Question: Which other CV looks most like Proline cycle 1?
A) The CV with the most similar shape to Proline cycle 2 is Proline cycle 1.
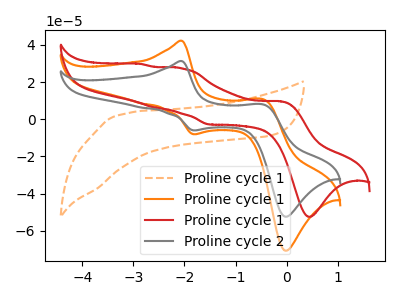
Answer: <think>The orange dashed curve "Proline cycle 1" has no peaks. The orange curve "Proline cycle 1" has anodic peaks at (-2.05V, 42.20uA) (-0.45V, 10.70uA) and cathodic peaks at (-1.80V, -8.00uA) (0.00V, -70.65uA). The red curve "Proline cycle 1" has anodic peaks at (-0.10V, 9.70uA) (-2.05V, 27.35uA) (-2.60V, 6.45uA) (-2.85V, 29.75uA) and cathodic peaks at (0.45V, -52.45uA) (-1.50V, -2.80uA). The gray curve "Proline cycle 2" has anodic peaks at (-2.05V, 31.30uA) (-0.45V, 7.95uA) and cathodic peaks at (-1.80V, -5.95uA) (0.00V, -52.35uA).
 "Proline cycle 1" and "Proline cycle 1" have a different number of peaks. "Proline cycle 1" and "Proline cycle 1" have a different number of peaks. "Proline cycle 1" and "Proline cycle 2" have a different number of peaks. "Proline cycle 1" and "Proline cycle 1" have a different number of peaks. All the peaks in "Proline cycle 1" have a peak in "Proline cycle 2" at the same potential. Every peak in "Proline cycle 1" is higher than every peak in "Proline cycle 2". "Proline cycle 1" and "Proline cycle 2" have a different number of peaks.</think>
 <answer>A) The CV with the most similar shape to "Proline cycle 2" is "Proline cycle 1".</answer>
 <eval>A</eval>